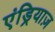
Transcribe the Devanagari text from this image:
एंड्रियाज़